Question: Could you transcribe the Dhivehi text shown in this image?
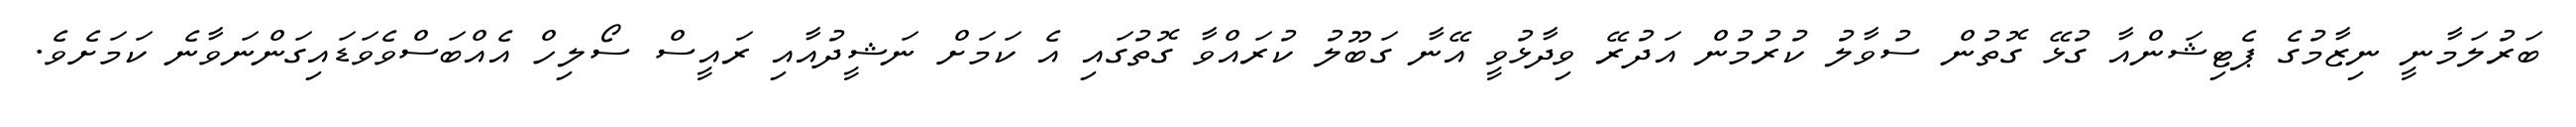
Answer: ބަރުލަމާނީ ނިޒާމުގެ ޕެޓިޝަންއާ ގުޅޭ ގޮތުން ސުވާލު ކުރުމުން އަދުރޭ ވިދާޅުވީ އޭނާ ގަބޫލު ކުރައްވާ ގޮތުގައި އެ ކަމަށް ނަޝީދުއާއި ރައީސް ސޯލިހް އެއްބަސްވެވަޑައިގަންނަވާނެ ކަމަށެވެ.